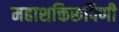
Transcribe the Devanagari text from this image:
महाशक्तिरूपिणी